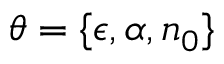
\theta = \{ \epsilon , \alpha , n _ { 0 } \}